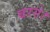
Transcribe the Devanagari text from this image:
बरसे।